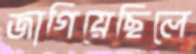
জাগিয়েছিলে